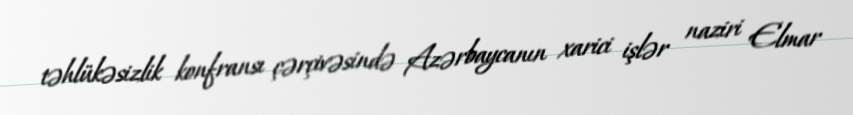
təhlükəsizlik konfransı çərçivəsində Azərbaycanın xarici işlər naziri Elmar